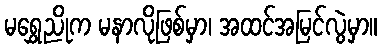
မရွှေညိုက မနာလိုဖြစ်မှာ၊ အထင်အမြင်လွဲမှာ။